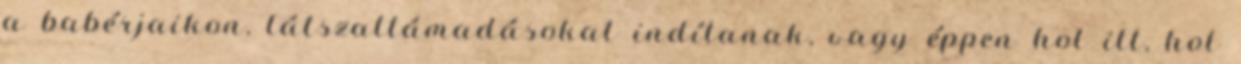
a babérjaikon, látszattámadásokat indítanak, vagy éppen hol itt, hol